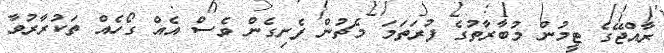
ރާއްޖޭގެ ޓީމުން މުބާރާތުގެ ފުރަތަމަ މެޗުން ފެށިގެން ވެސް އެއް ގޯހެއް ތަކުރާރުވާ